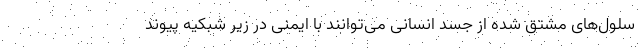
سلول‌های مشتق شده از جسد انسانی می‌توانند با ایمنی در زیر شبکیه پیوند